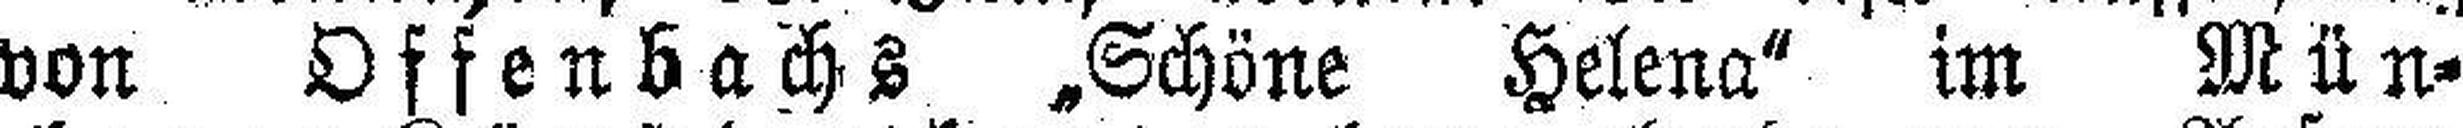
von Offenbachs „Schöne Helena" im Mün¬